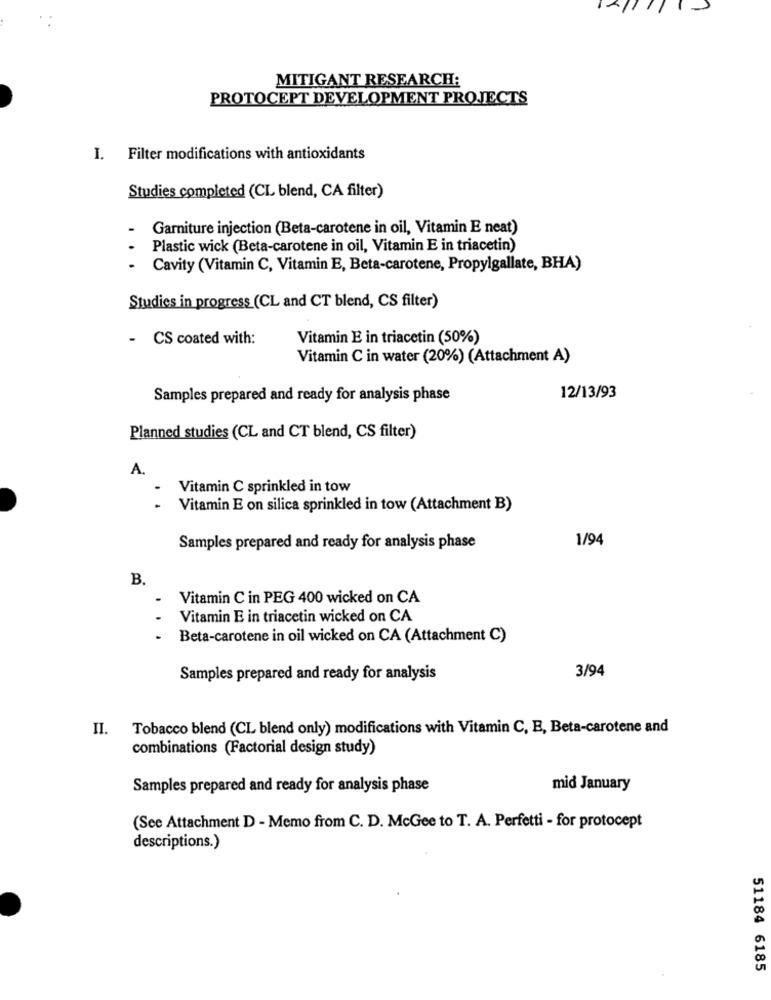
MITIGANT RESEARCH:
PROTOCEPT DEVELOPMENT PROJECTS
I. Filter modifications with antioxidants
Studies completed (CL blend, CA filter)
Garniture injection (Beta-carotene in oil, Vitamin E neat)
Plastic wick (Beta-carotene in oil, Vitamin E in triacetin)
- Cavity (Vitamin C, Vitamin E, Beta-carotene, Propylgallate, BHA)
Studies in progress (CL and CT blend, CS filter)
- CS coated with:
Vitamin E in triacetin (50%)
Vitamin C in water (20%) (Attachment A)
Samples prepared and ready for analysis phase
12/13/93
Planned studies (CL and CT blend, CS filter)
A.
Vitamin C sprinkled in tow
Vitamin E on silica sprinkled in tow (Attachment B)
1/94
Samples prepared and ready for analysis phase
B.
Vitamin C in PEG 400 wicked on CA
Vitamin E in triacetin wicked on CA
Beta-carotene in oil wicked on CA (Attachment C)
3/94
Samples prepared and ready for analysis
II.
Tobacco blend (CL blend only) modifications with Vitamin C, E, Beta-carotene and
combinations (Factorial design study)
Samples prepared and ready for analysis phase
mid January
(See Attachment D - Memo from C. D. McGee to T. A. Perfetti - for protocept
descriptions.)
51184 6185